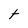
Character: t